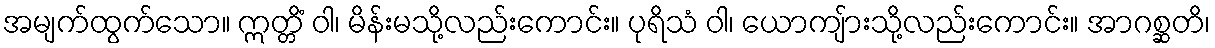
အမျက်ထွက်သော။ ဣတ္တိံ ဝါ၊ မိန်းမသို့လည်းကောင်း။ ပုရိသံ ဝါ၊ ယောကျ်ားသို့လည်းကောင်း။ အာဂစ္ဆတိ၊